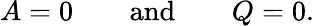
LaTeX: A=0\qquad\mathrm{and}\qquad Q=0.